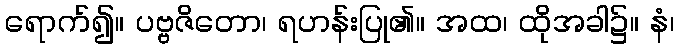
ရောက်၍။ ပဗ္ဗဇိတော၊ ရဟန်းပြု၏။ အထ၊ ထိုအခါ၌။ နံ၊